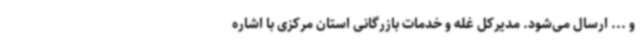
و ... ارسال می‌شود. مدیرکل غله و خدمات بازرگانی استان مرکزی با اشاره